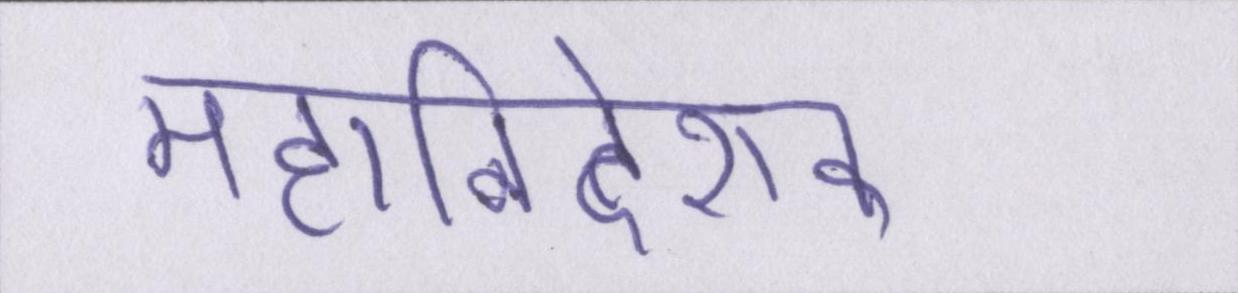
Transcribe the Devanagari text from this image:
महानिदेशक